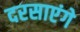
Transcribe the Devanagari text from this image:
दरसाएंगे